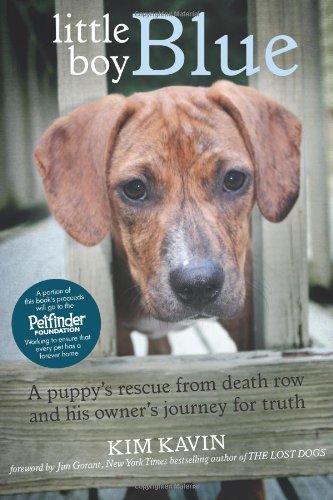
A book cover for Little Boy Blue: A Puppy's Rescue from Death Row and His Owner's Journey for Truth; Kim Kavin; Crafts, Hobbies & Home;